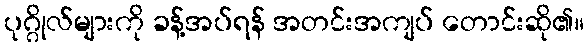
ပုဂ္ဂိုလ်များကို ခန့်အပ်ရန် အတင်းအကျပ် တောင်းဆို၏။